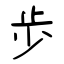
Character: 歩